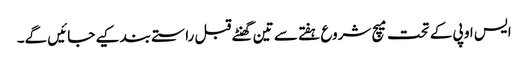
ایس او پی کے تحت میچ شروع ہفتے سے تین گھنٹے قبل راستے بند کیے جائیں گے۔